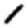
Digit: 1